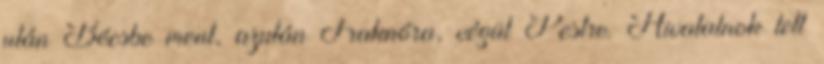
után Bécsbe ment, azután Fraknóra, végül Pestre. Hivatalnok lett